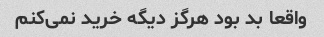
واقعا بد بود هرگز دیگه خرید نمی‌کنم